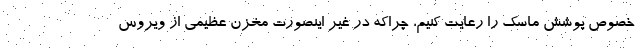
خصوص پوشش ماسک را رعایت کنیم، چراکه در غیر اینصورت مخزن عظیمی از ویروس